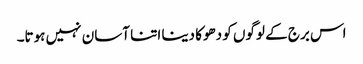
اس برج کے لوگوں کو دھوکا دینا اتنا آسان نہیں ہوتا۔